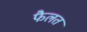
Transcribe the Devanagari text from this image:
फैलत